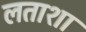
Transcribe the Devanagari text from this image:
लताशा